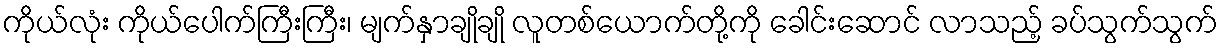
ကိုယ်လုံး ကိုယ်ပေါက်ကြီးကြီး၊ မျက်နှာချိုချို လူတစ်ယောက်တို့ကို ခေါင်းဆောင် လာသည့် ခပ်သွက်သွက်